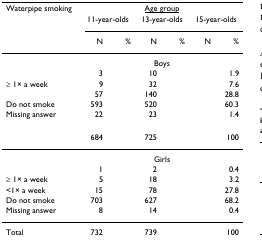
<table><thead><tr><td><b>Waterpipe smoking</b></td><td colspan="6"><b><underline>Age group</underline></b></td></tr><tr><td>[EMPTY_CELL]</td><td colspan="2"><b>11-year-olds</b></td><td colspan="2"><b>13-year-olds</b></td><td colspan="2"><b>15-year-olds</b></td></tr><tr><td>[EMPTY_CELL]</td><td><b>N</b></td><td><b>%</b></td><td><b>N</b></td><td><b>%</b></td><td><b>N</b></td><td><b>%</b></td></tr></thead><tbody><tr><td>[EMPTY_CELL]</td><td colspan="6">Boys</td></tr><tr><td>[EMPTY_CELL]</td><td>3</td><td>[EMPTY_CELL]</td><td>10</td><td>[EMPTY_CELL]</td><td>[EMPTY_CELL]</td><td>1.9</td></tr><tr><td>≥ 1× a week</td><td>9</td><td>[EMPTY_CELL]</td><td>32</td><td>[EMPTY_CELL]</td><td>[EMPTY_CELL]</td><td>7.6</td></tr><tr><td>[EMPTY_CELL]</td><td>57</td><td>[EMPTY_CELL]</td><td>140</td><td>[EMPTY_CELL]</td><td>[EMPTY_CELL]</td><td>28.8</td></tr><tr><td>Do not smoke</td><td>593</td><td>[EMPTY_CELL]</td><td>520</td><td>[EMPTY_CELL]</td><td>[EMPTY_CELL]</td><td>60.3</td></tr><tr><td>Missing answer</td><td>22</td><td>[EMPTY_CELL]</td><td>23</td><td>[EMPTY_CELL]</td><td>[EMPTY_CELL]</td><td>1.4</td></tr><tr><td>[EMPTY_CELL]</td><td>684</td><td>[EMPTY_CELL]</td><td>725</td><td>[EMPTY_CELL]</td><td>[EMPTY_CELL]</td><td>100</td></tr><tr><td>[EMPTY_CELL]</td><td colspan="6">Girls</td></tr><tr><td>[EMPTY_CELL]</td><td>1</td><td>[EMPTY_CELL]</td><td>2</td><td>[EMPTY_CELL]</td><td>[EMPTY_CELL]</td><td>0.4</td></tr><tr><td>≥ 1× a week</td><td>5</td><td>[EMPTY_CELL]</td><td>18</td><td>[EMPTY_CELL]</td><td>[EMPTY_CELL]</td><td>3.2</td></tr><tr><td>&lt;1× a week</td><td>15</td><td>[EMPTY_CELL]</td><td>78</td><td>[EMPTY_CELL]</td><td>[EMPTY_CELL]</td><td>27.8</td></tr><tr><td>Do not smoke</td><td>703</td><td>[EMPTY_CELL]</td><td>627</td><td>[EMPTY_CELL]</td><td>[EMPTY_CELL]</td><td>68.2</td></tr><tr><td>Missing answer</td><td>8</td><td>[EMPTY_CELL]</td><td>14</td><td>[EMPTY_CELL]</td><td>[EMPTY_CELL]</td><td>0.4</td></tr><tr><td>Total</td><td>732</td><td>[EMPTY_CELL]</td><td>739</td><td>[EMPTY_CELL]</td><td>[EMPTY_CELL]</td><td>100</td></tr></tbody></table>